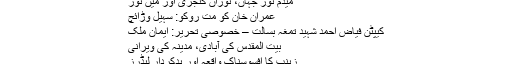
میٍڈم نور جہاں، نوراں کنجری اور میں نور
عمران خان کو مت روکو: سہیل وڑائچ
کیپٹن فیاض احمد شہید تمغہ بسالت – خصوصی تحریر: ایمان ملک
بیت المقدس کی آبادی، مدینہ کی ویرانی
زینب کا افسوسناک واقعہ اور بدکردار لیڈرز